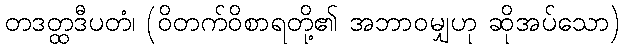
တဒတ္ထဒီပတံ၊ (ဝိတက်ဝိစာရတို့၏ အဘာဝမျှဟု ဆိုအပ်သော)